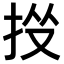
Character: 𢫹